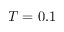
T = 0 . 1